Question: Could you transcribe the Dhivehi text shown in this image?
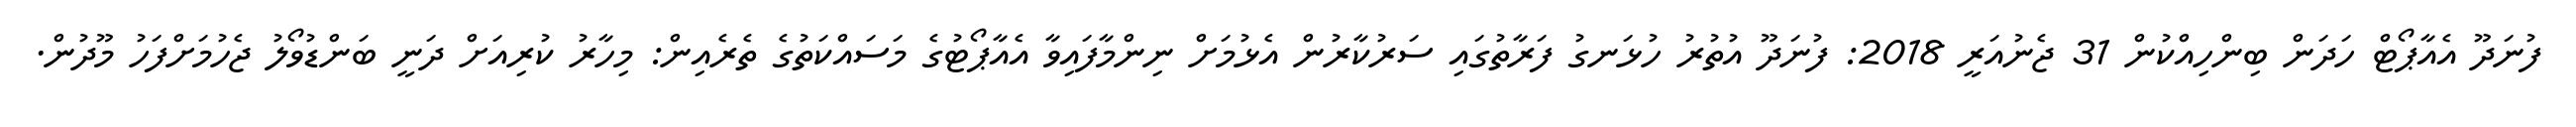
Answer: ފުނަދޫ އެއާޕޯޓް ހަދަން ބިންހިއްކުން 31 ޖެނުއަރީ 2018: ފުނަދޫ އުތުރު ހުޅަނގު ފަރާތުގައި ސަރުކާރުން އެޅުމަށް ނިންމާފައިވާ އެއާޕޯޓުގެ މަސައްކަތުގެ ތެރެއިން: މިހާރު ކުރިއަށް ދަނީ ބަންޑުވޯލު ޖެހުމަށްފަހު މޫދުން.